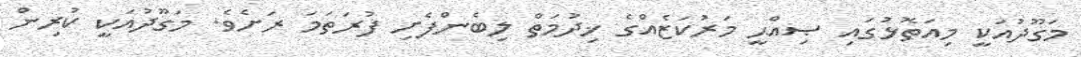
މަގޫދުއަކީ މިއަތޮޅުގައި ޞިއްޙީ މަރުކަޒެއްގެ ޚިދުމަތް ލިބެންފެށި ފުރަތަމަ ރަށެވެ. މަގޫދުއަކީ ކުރިން